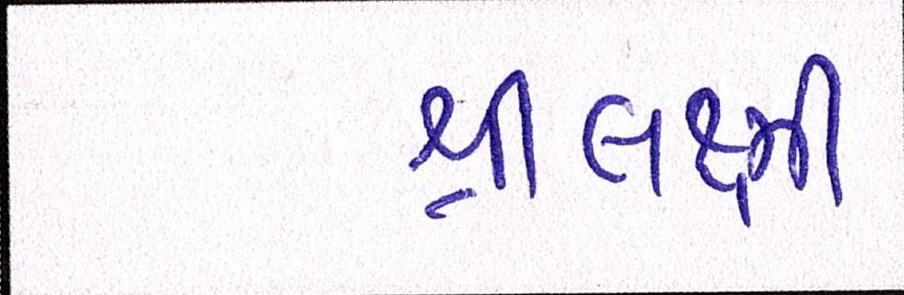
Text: શ્રીલક્ષ્મી